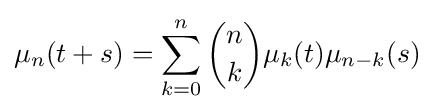
\mu _{n}(t+s)=\sum _{k=0}^{n}{n \choose k}\mu _{k}(t)\mu _{n-k}(s)